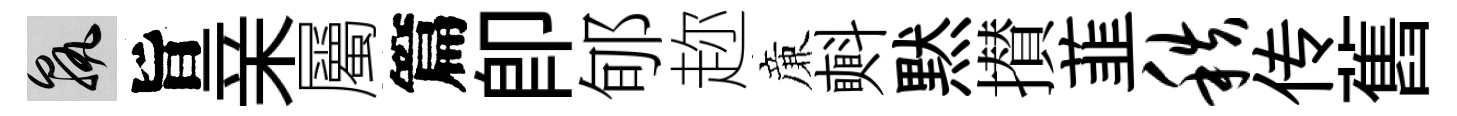
孰旨亲屬篇即郇趂亷㪺黙攅韮秩传舊